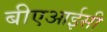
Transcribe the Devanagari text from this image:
बीएआईसी